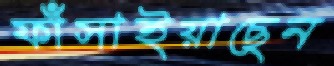
ফাঁসাইয়াছেন